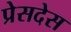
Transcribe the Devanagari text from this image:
प्रेसदेस